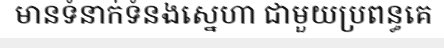
មានទំនាក់ទំនងស្នេហា ជាមួយប្រពន្ធគេ